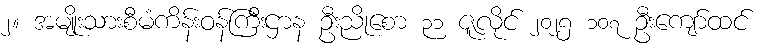
၂။ အမျိုးသားစီမံကိန်းဝန်ကြီးဌာန ဦးညိုစော ၃၁ ဇူလိုင် ၂၀၂၅ ၁၀၇ ဦးကျော်ထင်